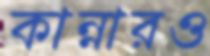
কান্নারও